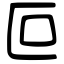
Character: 叵